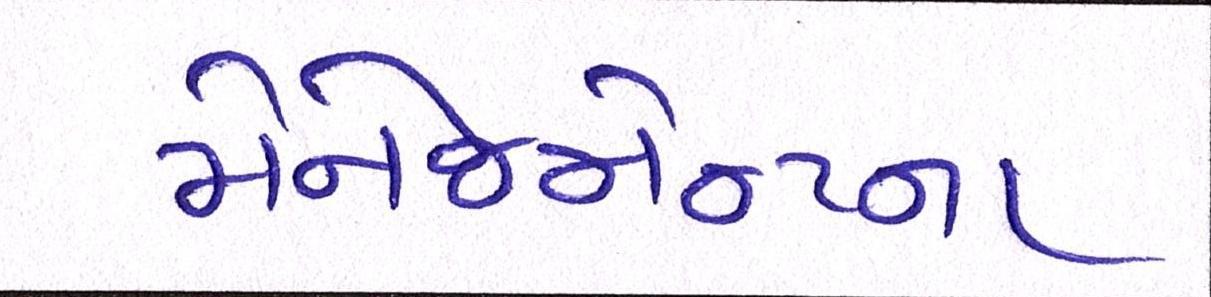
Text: મેનેજમેન્ટના